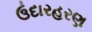
ઉદારહરણ